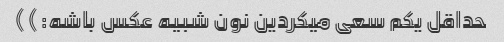
حداقل یکم سعی میکردین نون شبیه عکس باشه:))